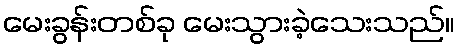
မေးခွန်းတစ်ခု မေးသွားခဲ့သေးသည်။